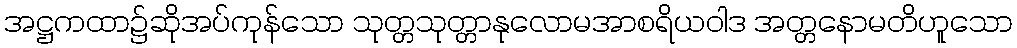
အဋ္ဌကထာ၌ဆိုအပ်ကုန်သော သုတ္တသုတ္တာနုလောမအာစရိယဝါဒ အတ္တနောမတိဟူသော